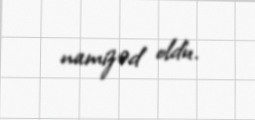
namizəd oldu.